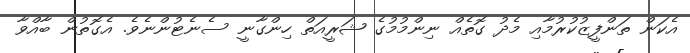
އެކަން ތަންފީޒުކުރުމާއި މެެދު ގޮތެއް ނިންމުމުގެ ޝަރީއަތް ހިންގާނީ ސެނެޓުންނެވެ. އެގޮތުން ބާއްވާ